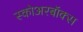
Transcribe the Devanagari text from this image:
स्कोअरबॉक्स